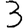
Digit: 3